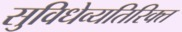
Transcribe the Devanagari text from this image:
सुविधेव्यतिरिक्त